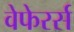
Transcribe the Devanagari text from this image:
वेफेरर्स